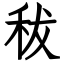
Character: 秡